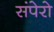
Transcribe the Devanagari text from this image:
संपेरो